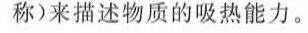
称)来描述物质的吸热能力。